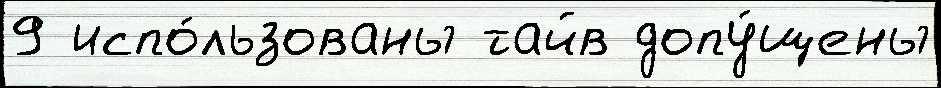
9 испо́льзованы тайв допу́щены